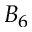
B _ { 6 }